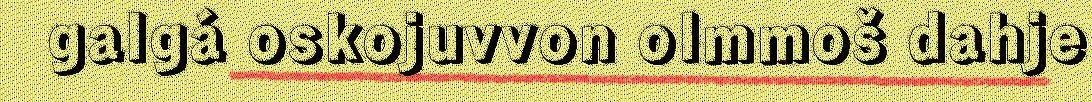
galgá oskojuvvon olmmoš dahje